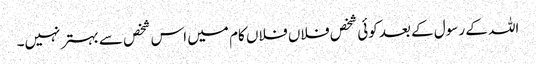
اللہ کے رسول کے بعد کوئی شخص فلاں فلاں کام میں اس شخص سے بہتر نہیں۔